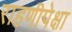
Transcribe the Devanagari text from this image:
राहणीपेक्षा